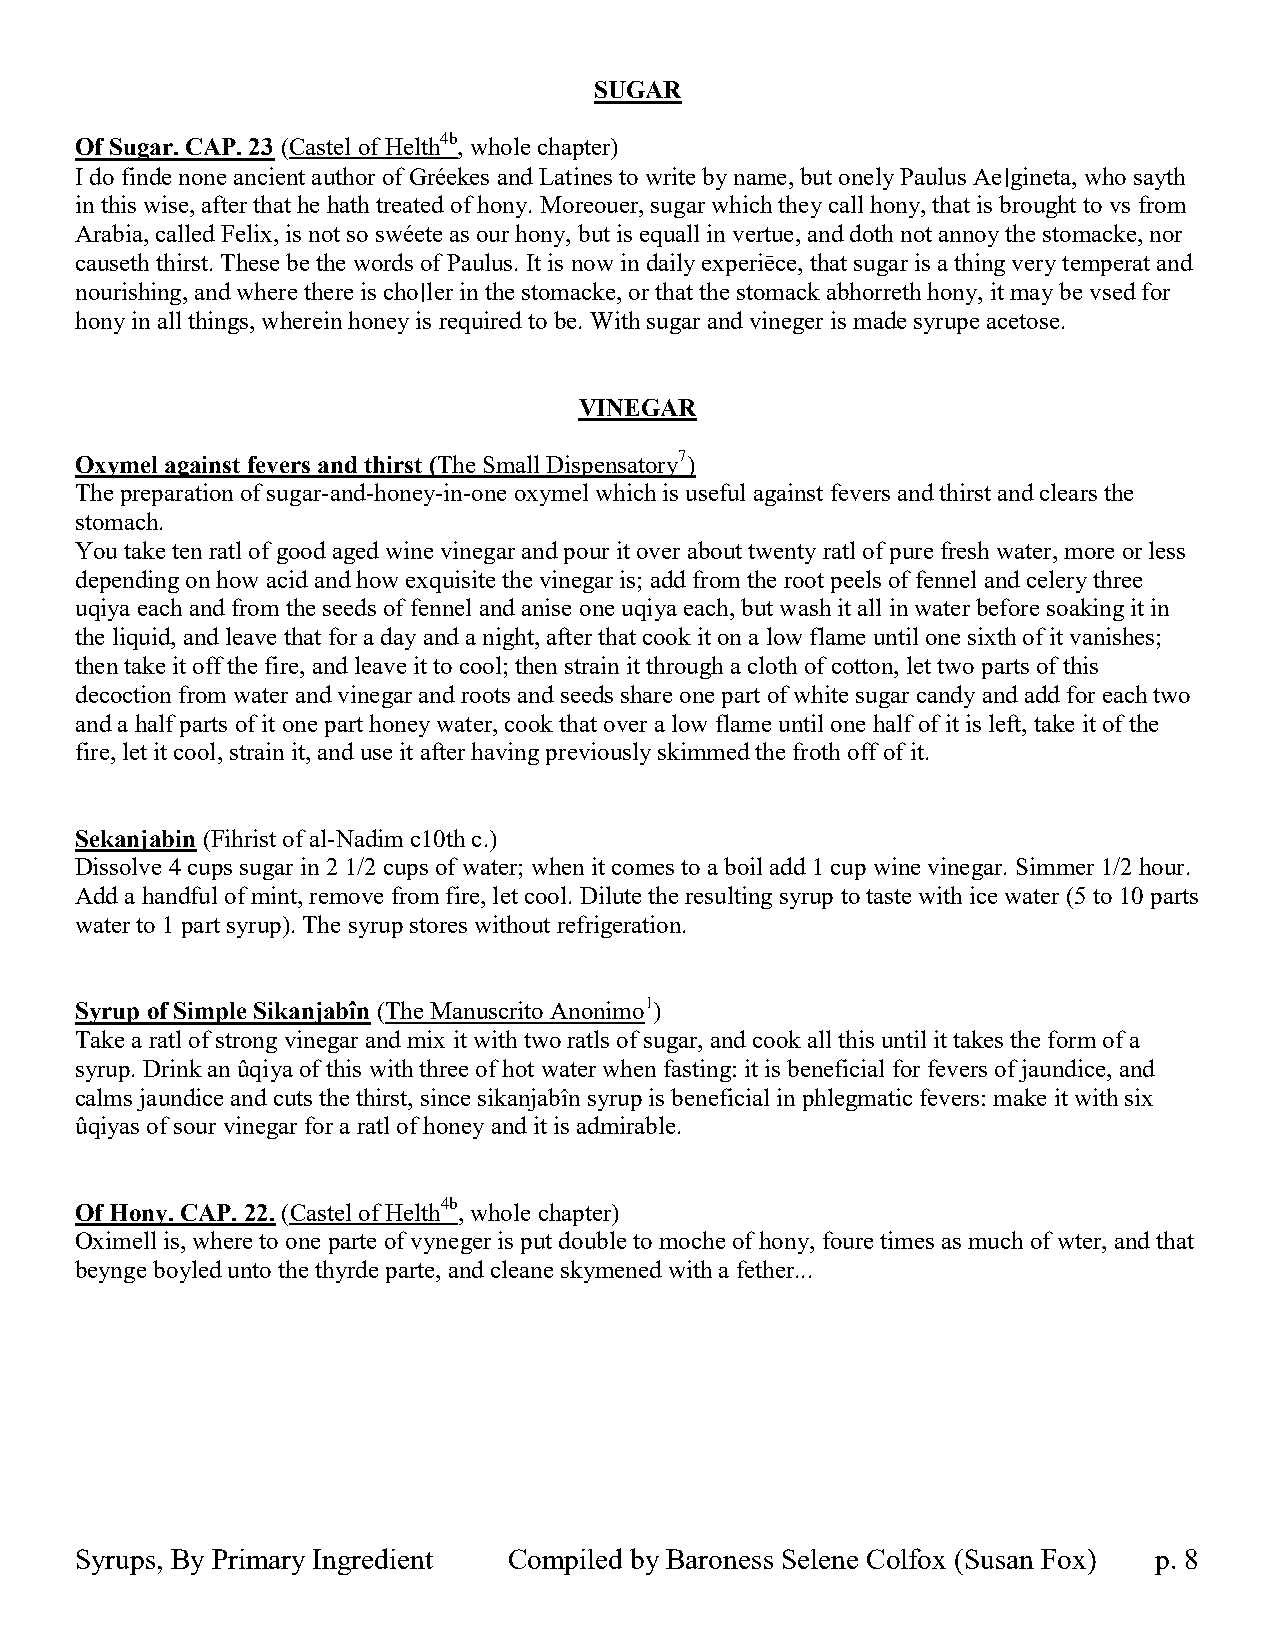
SUGAR
 Of Sugar. CAP. 23 (Castel of Helth4b, whole chapter)
 I do finde none ancient author of Gréekes and Latines to write by name, but onely Paulus Ae∣gineta, who sayth
 in this wise, after that he hath treated of hony. Moreouer, sugar which they call hony, that is brought to vs from
 Arabia, called Felix, is not so swéete as our hony, but is equall in vertue, and doth not annoy the stomacke, nor
 causeth thirst. These be the words of Paulus. It is now in daily experiēce, that sugar is a thing very temperat and
 nourishing, and where there is cho∣ler in the stomacke, or that the stomack abhorreth hony, it may be vsed for
 hony in all things, wherein honey is required to be. With sugar and vineger is made syrupe acetose.
 VINEGAR
 Oxymel against fevers and thirst (The Small Dispensatory7)
 The preparation of sugar-and-honey-in-one oxymel which is useful against fevers and thirst and clears the
 stomach.
 You take ten ratl of good aged wine vinegar and pour it over about twenty ratl of pure fresh water, more or less
 depending on how acid and how exquisite the vinegar is; add from the root peels of fennel and celery three
 uqiya each and from the seeds of fennel and anise one uqiya each, but wash it all in water before soaking it in
 the liquid, and leave that for a day and a night, after that cook it on a low flame until one sixth of it vanishes;
 then take it off the fire, and leave it to cool; then strain it through a cloth of cotton, let two parts of this
 decoction from water and vinegar and roots and seeds share one part of white sugar candy and add for each two
 and a half parts of it one part honey water, cook that over a low flame until one half of it is left, take it of the
 fire, let it cool, strain it, and use it after having previously skimmed the froth off of it.
 Sekanjabin (Fihrist of al-Nadim c10th c.)
 Dissolve 4 cups sugar in 2 1/2 cups of water; when it comes to a boil add 1 cup wine vinegar. Simmer 1/2 hour.
 Add a handful of mint, remove from fire, let cool. Dilute the resulting syrup to taste with ice water (5 to 10 parts
 water to 1 part syrup). The syrup stores without refrigeration.
 Syrup of Simple Sikanjabîn (The Manuscrito Anonimo1)
 Take a ratl of strong vinegar and mix it with two ratls of sugar, and cook all this until it takes the form of a
 syrup. Drink an ûqiya of this with three of hot water when fasting: it is beneficial for fevers of jaundice, and
 calms jaundice and cuts the thirst, since sikanjabîn syrup is beneficial in phlegmatic fevers: make it with six
 ûqiyas of sour vinegar for a ratl of honey and it is admirable.
 Of Hony. CAP. 22. (Castel of Helth4b, whole chapter)
 Oximell is, where to one parte of vyneger is put double to moche of hony, foure times as much of wter, and that
 beynge boyled unto the thyrde parte, and cleane skymened with a fether...
 Syrups, By Primary Ingredient Compiled by Baroness Selene Colfox (Susan Fox) p. 8